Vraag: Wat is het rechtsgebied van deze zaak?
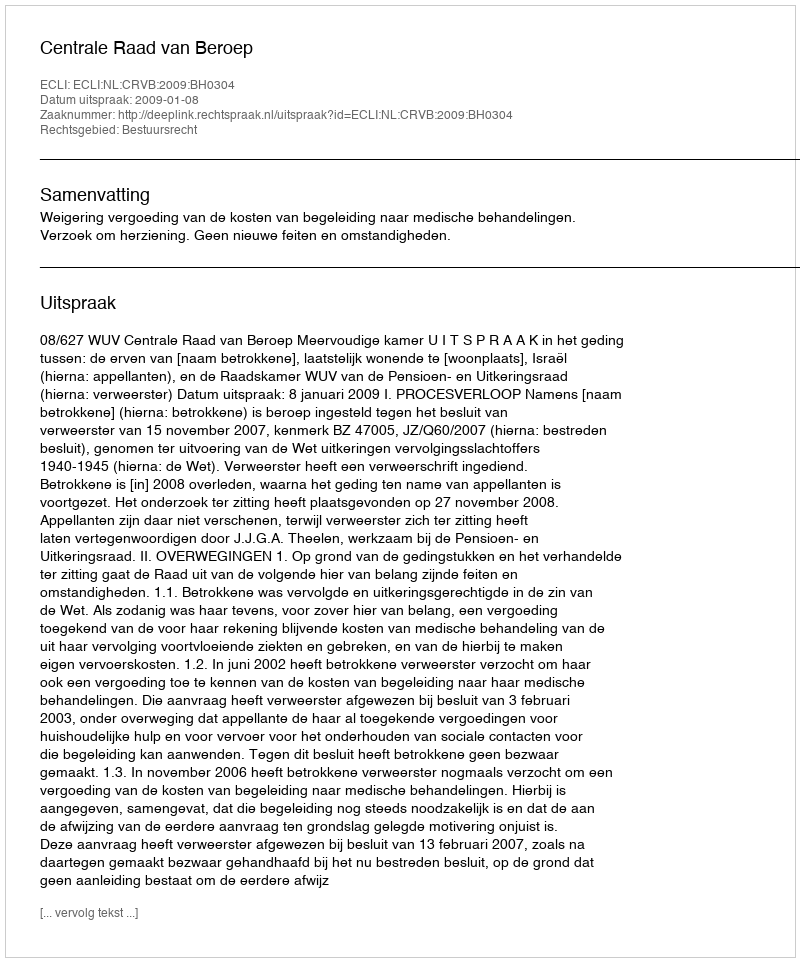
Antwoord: Bestuursrecht